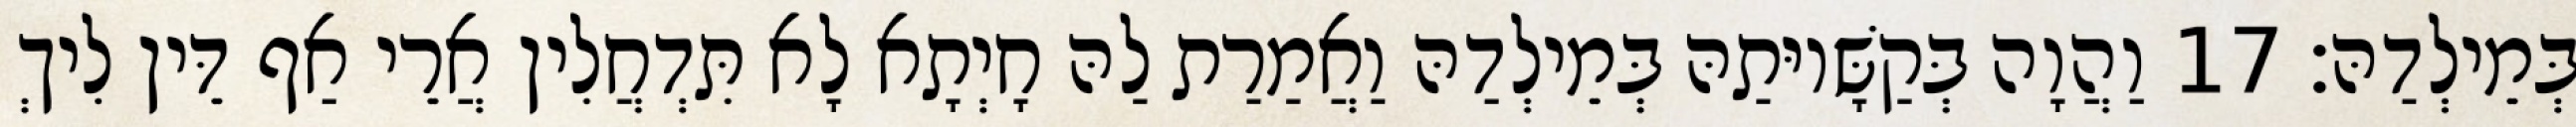
בְּמֵילְדַהּ׃ 17 וַהֲוָה בְּקַשָּׁיוּתַהּ בְּמֵילְדַהּ וַאֲמַרַת לַהּ חָיְתָא לָא תִּדְחֲלִין אֲרֵי אַף דֵּין לִיךְ